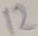
Text: 12